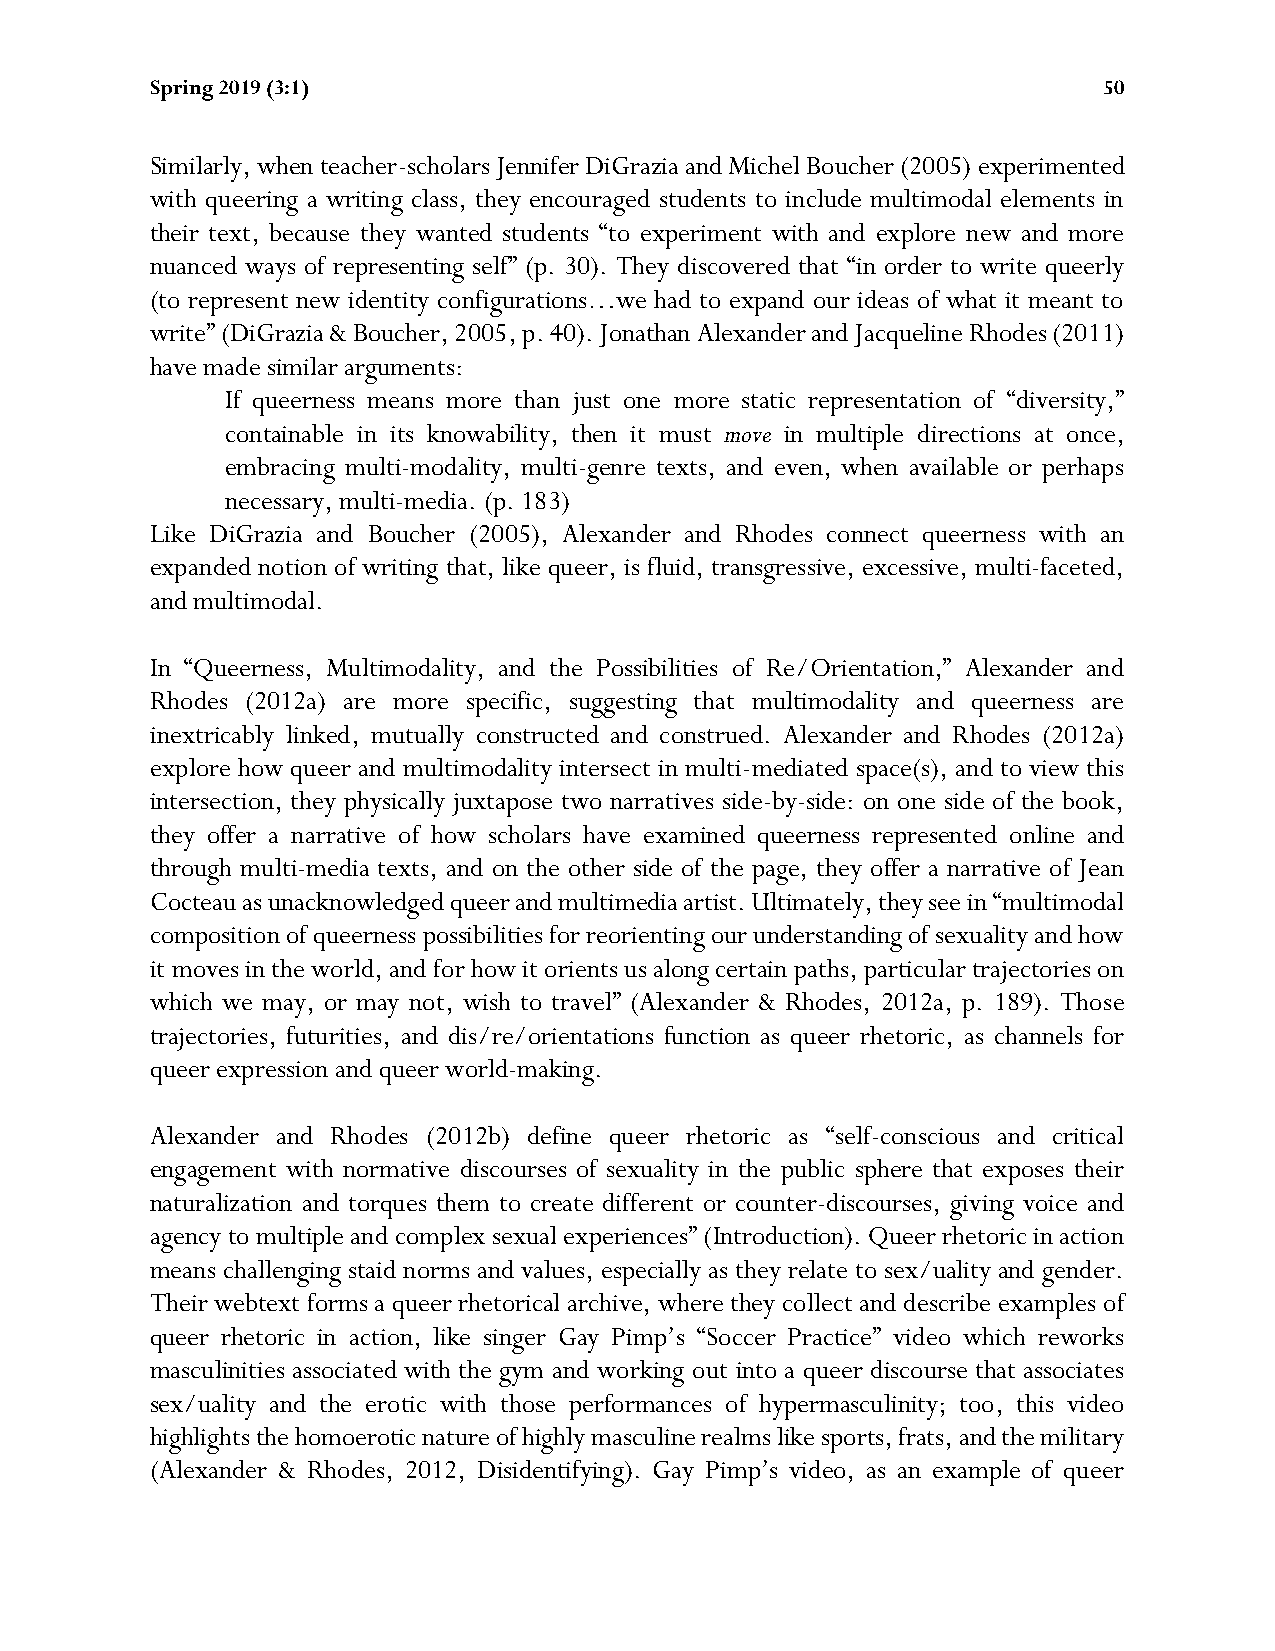
Spring 2019 (3:1)                                              50
 Similarly, when teacher-scholars Jennifer DiGrazia and Michel Boucher (2005) experimented
 with queering a writing class, they encouraged students to include multimodal elements in
 their text, because they wanted students “to experiment with and explore new and more
 nuanced ways of representing self” (p. 30). They discovered that “in order to write queerly
 (to represent new identity configurations…we had to expand our ideas of what it meant to
 write” (DiGrazia & Boucher, 2005, p. 40). Jonathan Alexander and Jacqueline Rhodes (2011)
 have made similar arguments:
 If queerness means more than just one more static representation of “diversity,”
 containable in its knowability, then it must move in multiple directions at once,
 embracing multi-modality, multi-genre texts, and even, when available or perhaps
 necessary, multi-media. (p. 183)
 Like DiGrazia and Boucher (2005), Alexander and Rhodes connect queerness with an
 expanded notion of writing that, like queer, is fluid, transgressive, excessive, multi-faceted,
 and multimodal.
 In “Queerness, Multimodality, and the Possibilities of Re/Orientation,” Alexander and
 Rhodes (2012a) are more specific, suggesting that multimodality and queerness are
 inextricably linked, mutually constructed and construed. Alexander and Rhodes (2012a)
 explore how queer and multimodality intersect in multi-mediated space(s), and to view this
 intersection, they physically juxtapose two narratives side-by-side: on one side of the book,
 they offer a narrative of how scholars have examined queerness represented online and
 through multi-media texts, and on the other side of the page, they offer a narrative of Jean
 Cocteau as unacknowledged queer and multimedia artist. Ultimately, they see in “multimodal
 composition of queerness possibilities for reorienting our understanding of sexuality and how
 it moves in the world, and for how it orients us along certain paths, particular trajectories on
 which we may, or may not, wish to travel” (Alexander & Rhodes, 2012a, p. 189). Those
 trajectories, futurities, and dis/re/orientations function as queer rhetoric, as channels for
 queer expression and queer world-making.
 Alexander and Rhodes (2012b) define queer rhetoric as “self-conscious and critical
 engagement with normative discourses of sexuality in the public sphere that exposes their
 naturalization and torques them to create different or counter-discourses, giving voice and
 agency to multiple and complex sexual experiences” (Introduction). Queer rhetoric in action
 means challenging staid norms and values, especially as they relate to sex/uality and gender.
 Their webtext forms a queer rhetorical archive, where they collect and describe examples of
 queer rhetoric in action, like singer Gay Pimp’s “Soccer Practice” video which reworks
 masculinities associated with the gym and working out into a queer discourse that associates
 sex/uality and the erotic with those performances of hypermasculinity; too, this video
 highlights the homoerotic nature of highly masculine realms like sports, frats, and the military
 (Alexander & Rhodes, 2012, Disidentifying). Gay Pimp’s video, as an example of queer